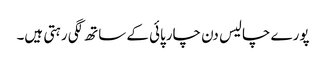
پورے چالیس دن چارپائی کے ساتھ لگی رہتی ہیں۔